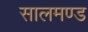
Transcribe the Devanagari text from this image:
सालमण्ड